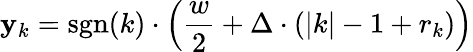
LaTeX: \mathbf{y}_{k}=\operatorname{sgn}(k)\cdot\left({\frac{{w}}{{2}}}+\Delta\cdot(|k|-1+r_{k})\right)